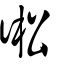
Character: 𢔋